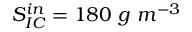
S _ { I C } ^ { i n } = 1 8 0 \ g \ m ^ { - 3 }